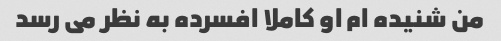
من شنیده ام او کاملا افسرده به نظر می رسد